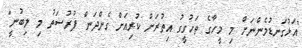
"އަޅުގަނޑުމެންނަށް މި މީހާގެ ތަހުގީގު އިތުރަށް ކުރިއަށް ގެންދަން ފުރުސަތު މި ލިބުނީ"